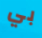
بي